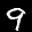
Label: 9